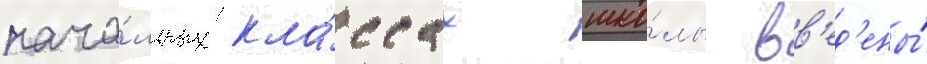
нача́льных кла́ссах шко́лы вв'ед'ены́